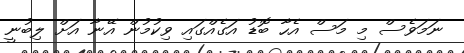
ނަމަވެސް މި މަސް އެހާ ބޮޑު އަގެއްގައި ވިކުމުން އޭނާ އަށް ލިބުނީ